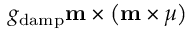
g _ { \mathrm { d a m p } } \mathbf { m } \times \left( \mathbf { m } \times \boldsymbol { \mu } \right)